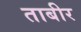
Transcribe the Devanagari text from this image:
ताबीर